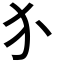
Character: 𬌩